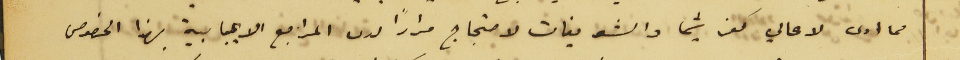
مما ادى لاهالي كفرشيما والشو يفات لاحتجاج مرارًا لدى المراجع الايجابية بهذا الخصوص